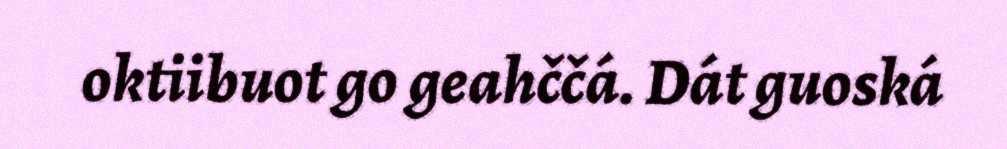
oktiibuot go geahččá. Dát guoská